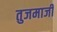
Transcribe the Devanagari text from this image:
तुजमाजी